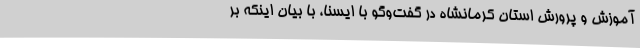
آموزش و پرورش استان کرمانشاه در گفت‌وگو با ایسنا، با بیان اینکه بر